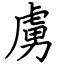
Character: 虜